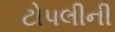
ટોપલીની